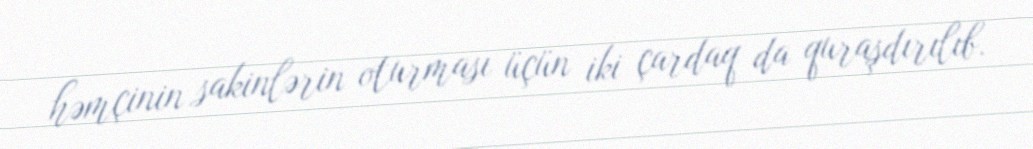
həmçinin sakinlərin oturması üçün iki çardaq da quraşdırılıb.